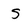
Character: S